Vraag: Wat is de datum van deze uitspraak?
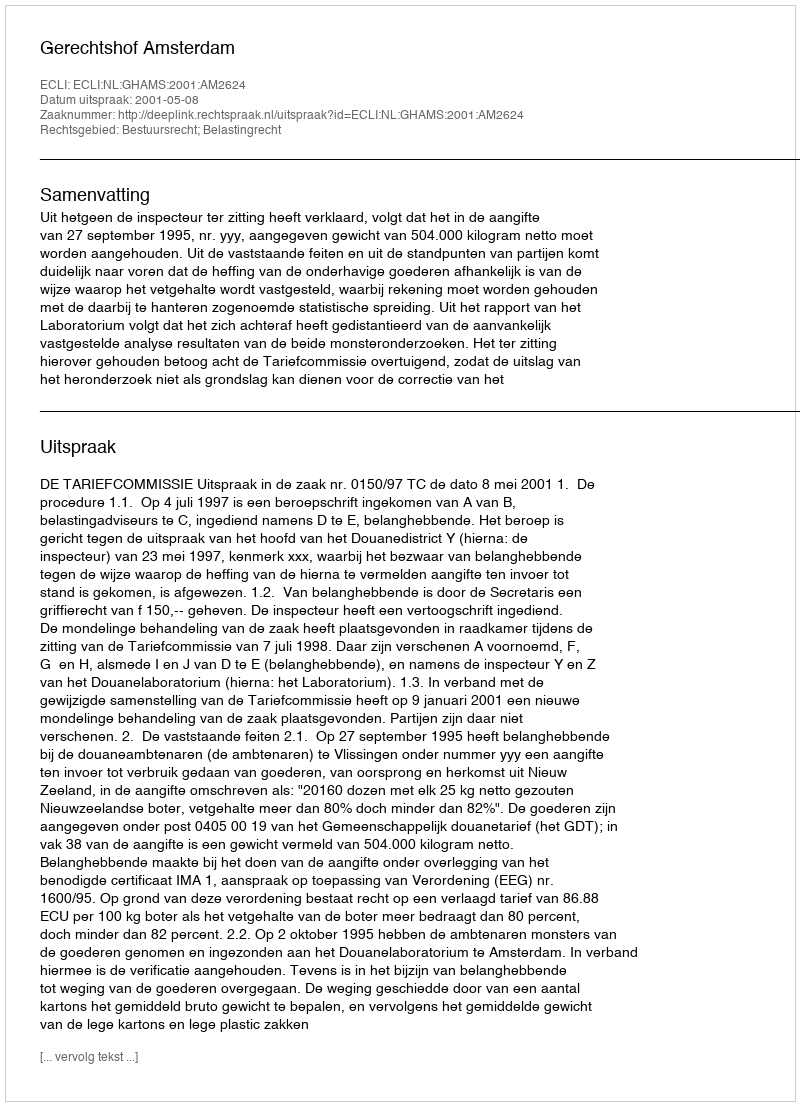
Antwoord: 2001-05-08